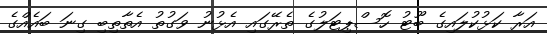
އަރާ ކަޅުކުލައިގެ ބޫޓު ހޮސްޕިޓަލުގެ ތެރޭގައި އެޅުނު ވަގުތު އެތާތިބި ގިނަ ބައެއްގެ